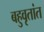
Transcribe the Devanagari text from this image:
बहुवृतांत